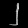
Digit: ၂